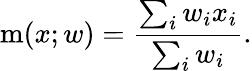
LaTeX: \operatorname{m}(x;w)={\frac{\sum_{i}w_{i}x_{i}}{\sum_{i}w_{i}}}.